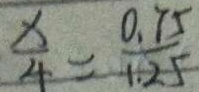
\frac { x } { 4 } = \frac { 0 . 7 5 } { 1 . 2 5 }